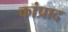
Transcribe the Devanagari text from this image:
कांप्राद